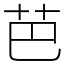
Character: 芭